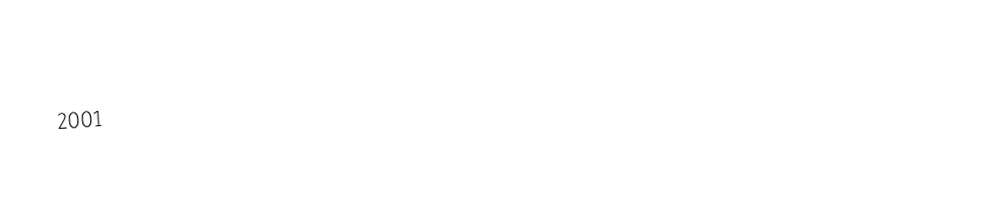

2001